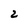
Character: 2